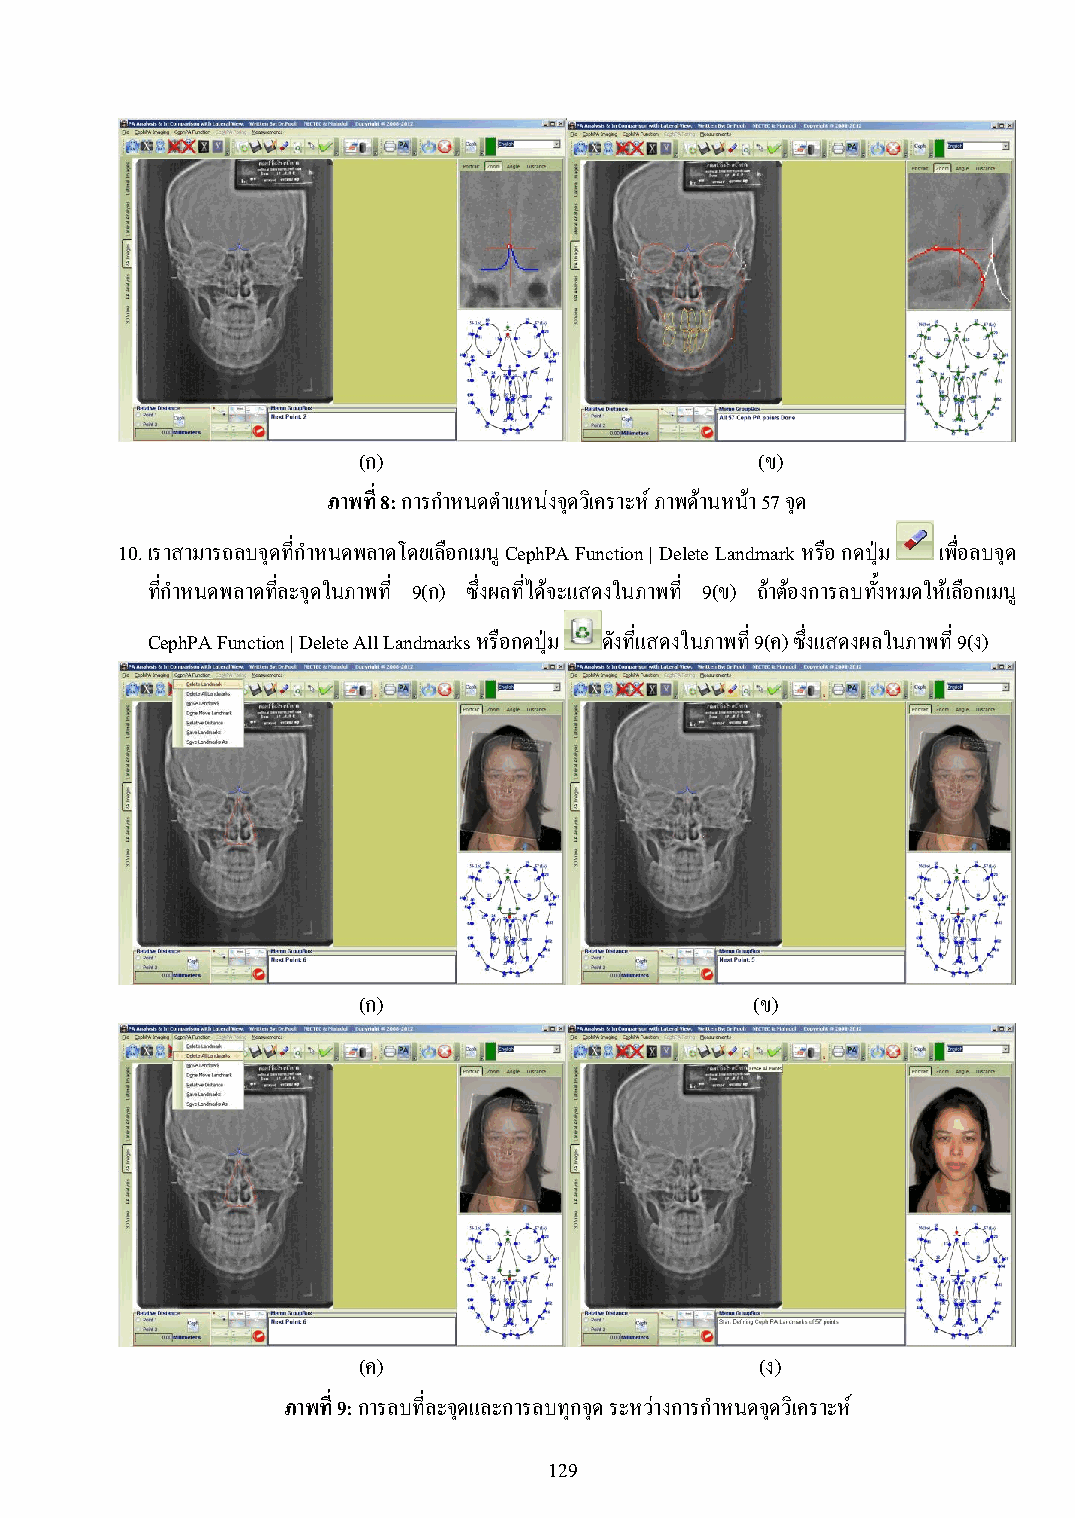
(ก)                       (ข)
 ภาพที่ 8: การก าหนดต าแหน่งจุดวิเคราะห์ ภาพด้านหน้า 57 จุด
 10. เราสามารถลบจุดที่ก าหนดพลาดโดยเลือกเมนู CephPA Function | Delete Landmark หรือ กดปุ่ม เพื่อลบจุด
 ที่ก าหนดพลาดที่ละจุดในภาพที่ 9(ก) ซึ่งผลที่ได้จะแสดงในภาพที่ 9(ข) ถ้าต้องการลบทั้งหมดให้เลือกเมนู
 CephPA Function | Delete All Landmarks หรือกดปุ่ม ดังที่แสดงในภาพที่ 9(ค) ซึ่งแสดงผลในภาพที่ 9(ง)
 (ก)                       (ข)
 (ค)                       (ง)
 ภาพท ี่9: การลบที่ละจุดและการลบทุกจุด ระหว่างการก าหนดจุดวิเคราะห์
 129